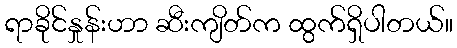
ရာခိုင်နှုန်းဟာ ဆီးကျိတ်က ထွက်ရှိပါတယ်။